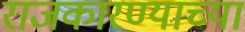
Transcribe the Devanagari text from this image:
राजकारण्याच्या